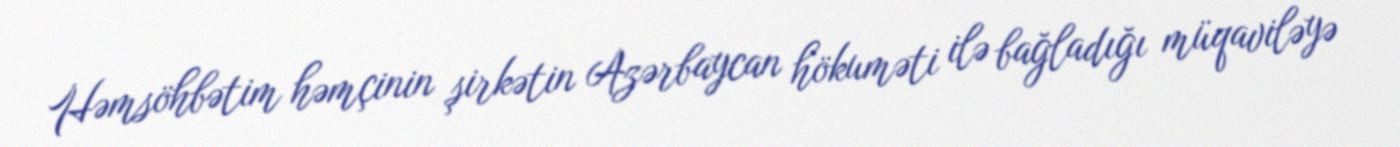
Həmsöhbətim həmçinin şirkətin Azərbaycan hökuməti ilə bağladığı müqaviləyə